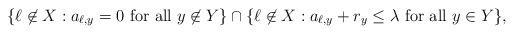
LaTeX: \begin{align*} \{\ell \not \in X: a_{\ell,y} = 0 \mbox{ for all } y \not \in Y\} \cap \{\ell \not \in X: a_{\ell,y} + r_y \le \lambda \mbox{ for all } y \in Y \},\end{align*}